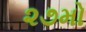
૨૭મો